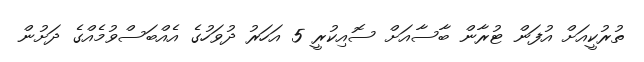
ތުރުކީއަށް އުފަން ޓުރާން ބާސާއަށް ސޮއިކުރީ 5 އަހަރު ދުވަހުގެ އެއްބަސްވުމެއްގެ ދަށުން